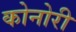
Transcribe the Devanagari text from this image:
कोनोरी